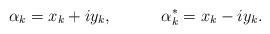
LaTeX: \begin{align*}\alpha_{k} = x_{k} + iy_{k},~~~~~~~~~\alpha^{*}_{k} = x_{k} - iy_{k}.\end{align*}